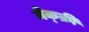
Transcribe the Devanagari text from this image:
मेक्क्री